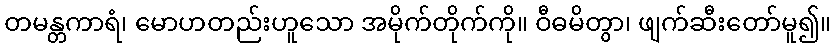
တမန္တကာရံ၊ မောဟတည်းဟူသော အမိုက်တိုက်ကို။ ဝီဓမိတွာ၊ ဖျက်ဆီးတော်မူ၍။